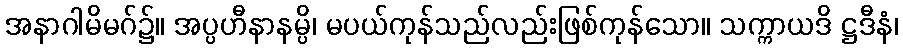
အနာဂါမိမဂ်၌။ အပ္ပဟီနာနမ္ပိ၊ မပယ်ကုန်သည်လည်းဖြစ်ကုန်သော။ သက္ကာယဒိ ဋ္ဌဒီနံ၊